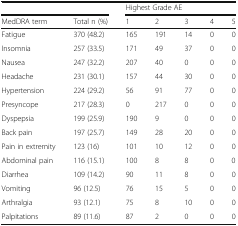
<table><thead><tr><td colspan="2"></td><td colspan="5"><b>Highest Grade AE</b></td></tr><tr><td><b>MedDRA term</b></td><td><b>Total n (%)</b></td><td><b>1</b></td><td><b>2</b></td><td><b>3</b></td><td><b>4</b></td><td><b>5</b></td></tr></thead><tbody><tr><td>Fatigue</td><td>370 (48.2)</td><td>165</td><td>191</td><td>14</td><td>0</td><td>0</td></tr><tr><td>Insomnia</td><td>257 (33.5)</td><td>171</td><td>49</td><td>37</td><td>0</td><td>0</td></tr><tr><td>Nausea</td><td>247 (32.2)</td><td>207</td><td>40</td><td>0</td><td>0</td><td>0</td></tr><tr><td>Headache</td><td>231 (30.1)</td><td>157</td><td>44</td><td>30</td><td>0</td><td>0</td></tr><tr><td>Hypertension</td><td>224 (29.2)</td><td>56</td><td>91</td><td>77</td><td>0</td><td>0</td></tr><tr><td>Presyncope</td><td>217 (28.3)</td><td>0</td><td>217</td><td>0</td><td>0</td><td>0</td></tr><tr><td>Dyspepsia</td><td>199 (25.9)</td><td>190</td><td>9</td><td>0</td><td>0</td><td>0</td></tr><tr><td>Back pain</td><td>197 (25.7)</td><td>149</td><td>28</td><td>20</td><td>0</td><td>0</td></tr><tr><td>Pain in extremity</td><td>123 (16)</td><td>101</td><td>10</td><td>12</td><td>0</td><td>0</td></tr><tr><td>Abdominal pain</td><td>116 (15.1)</td><td>100</td><td>8</td><td>8</td><td>0</td><td>0</td></tr><tr><td>Diarrhea</td><td>109 (14.2)</td><td>90</td><td>11</td><td>8</td><td>0</td><td>0</td></tr><tr><td>Vomiting</td><td>96 (12.5)</td><td>76</td><td>15</td><td>5</td><td>0</td><td>0</td></tr><tr><td>Arthralgia</td><td>93 (12.1)</td><td>75</td><td>8</td><td>10</td><td>0</td><td>0</td></tr><tr><td>Palpitations</td><td>89 (11.6)</td><td>87</td><td>2</td><td>0</td><td>0</td><td>0</td></tr></tbody></table>